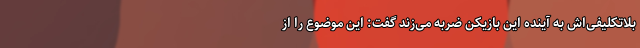
بلاتکلیفی‌اش به آینده این بازیکن ضربه می‌زند گفت: این موضوع را از